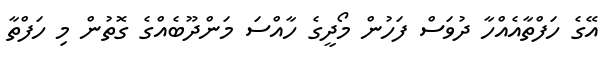
އޭގެ ހަފްތާއެއްހާ ދުވަސް ފަހުން މޯދީގެ ހާއްސަ މަންދޫބެއްގެ ގޮތުން މި ހަފްތާ